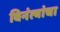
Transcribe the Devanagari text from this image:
विनंत्यांचा